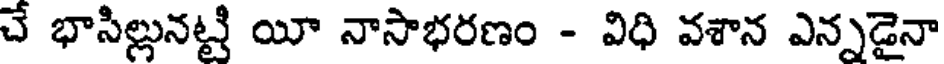
చే భాసిల్లునట్టి యీ నాసాభరణం - విధి వశాన ఎన్నడైనా